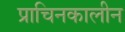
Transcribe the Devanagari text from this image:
प्राचिनकालीन